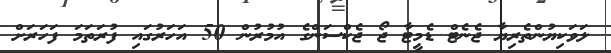
ލަވަކިޔުންތެރިޔާ ޖެނެޓް ޑެމީޓާ ޖޯ ޖެކްސަންގެ އުމުރުން 50 އަހަރުގައި ފުރަތަމަ ފަހަރަށް